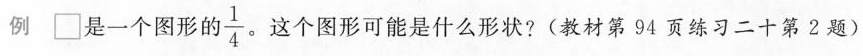
例 □是一个图形的 \frac{1}{4} 。这个图形可能是什么形状?(教材第94页练习二十第2题)